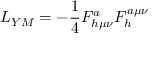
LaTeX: { \cal L } _ { Y M } = - \frac { 1 } { 4 } F _ { h \mu \nu } ^ { a } F _ { h } ^ { a \mu \nu }